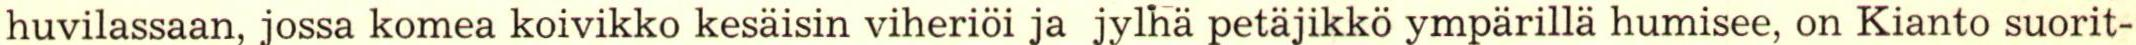
huvilassaan, jossa komea koivikko kesäisin viheriöi ja jylhä petäjikkö ympärillä humisee, on Kianto suorit-